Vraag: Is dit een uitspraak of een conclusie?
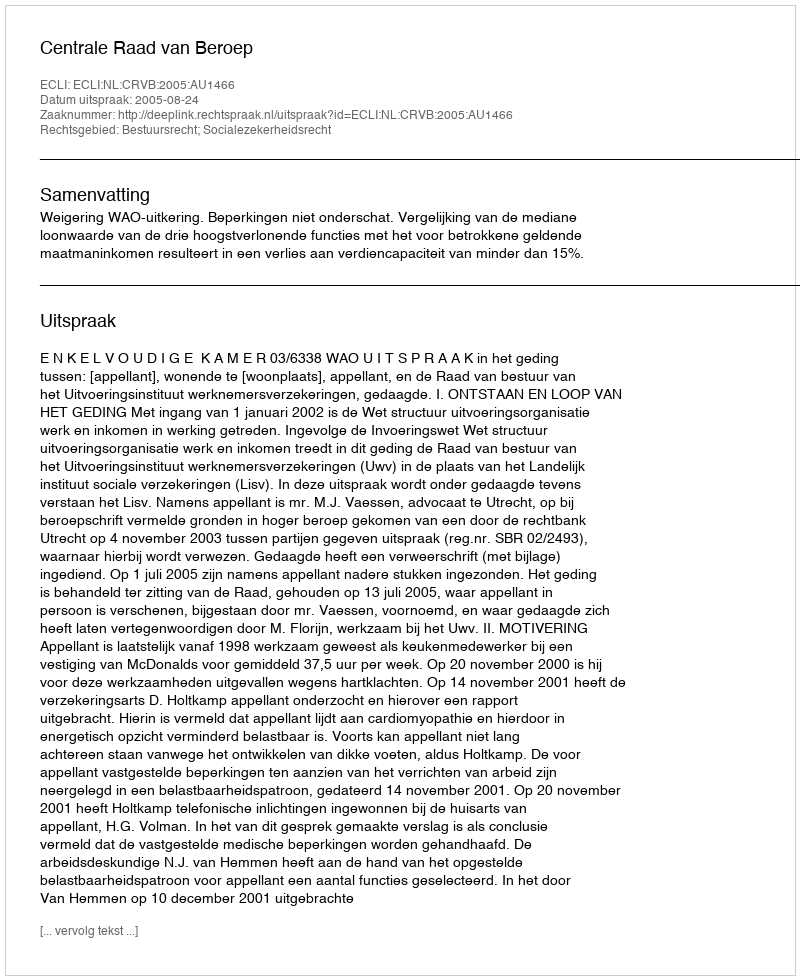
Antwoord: Uitspraak